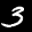
Label: 3